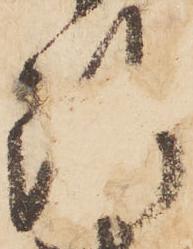
断